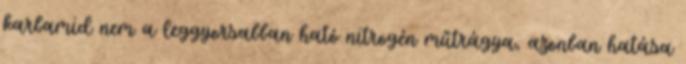
karbamid nem a leggyorsabban ható nitrogén műtrágya, azonban hatása